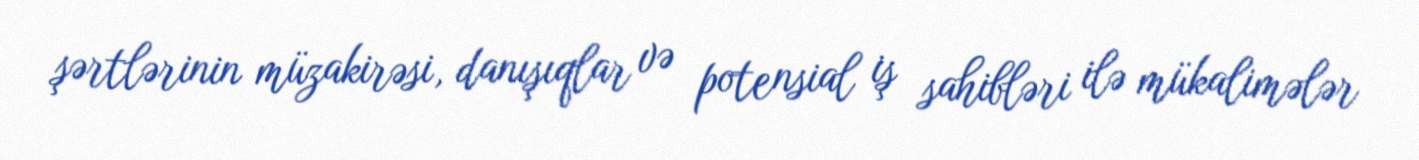
şərtlərinin müzakirəsi, danışıqlar və potensial iş sahibləri ilə mükalimələr